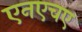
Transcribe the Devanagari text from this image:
एनएचए